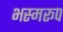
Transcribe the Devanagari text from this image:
भस्मरूप